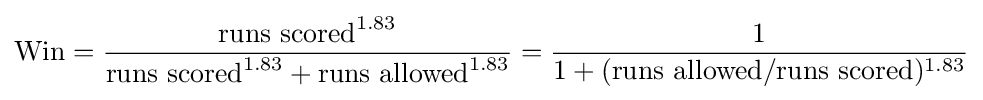
{\text{Win}}={\frac {{\text{runs scored}}^{1.83}}{{\text{runs scored}}^{1.83}+{\text{runs allowed}}^{1.83}}}={\frac {1}{1+({\text{runs allowed}}/{\text{runs scored}})^{1.83}}}